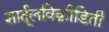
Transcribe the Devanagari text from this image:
शार्दूलविक्रीडिती